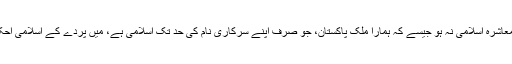
غیراسلامی معاشرے میں قوانین کا نفاذ اگر معاشرہ اسلامی نہ ہو جیسے کہ ہمارا ملک پاکستان، جو صرف اپنے سرکاری نام کی حد تک اسلامی ہے، میں پردے کے اسلامی احکامات پر انفرادی طور پر عمل کیا جائے گا۔